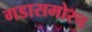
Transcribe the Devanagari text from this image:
गडासमोरच